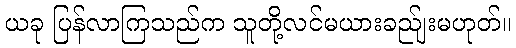
ယခု ပြန်လာကြသည်က သူတို့လင်မယားခည်ျးမဟုတ်။